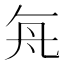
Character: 𬼊